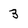
Character: 3